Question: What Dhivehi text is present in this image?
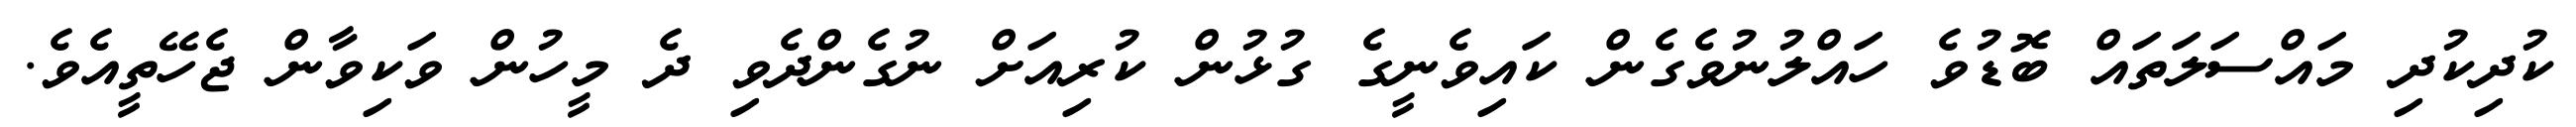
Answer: ކުދިކުދި މައްސަލަތައް ބޮޑުވެ ހައްލުނުވެގެން ކައިވެނީގެ ގުޅުން ކުރިއަށް ނުގެންދެވި ދެ މީހުން ވަކިވާން ޖެހޭތީއެވެ.